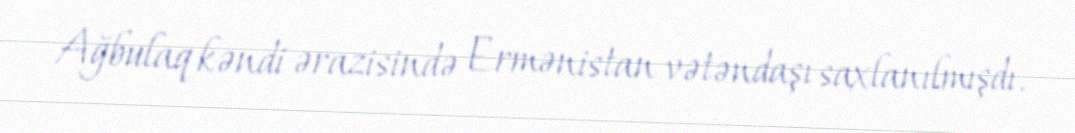
Ağbulaq kəndi ərazisində Ermənistan vətəndaşı saxlanılmışdı.